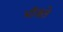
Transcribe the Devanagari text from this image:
भाँजते